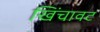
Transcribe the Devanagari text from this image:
खिंचावट